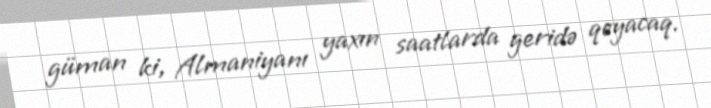
güman ki, Almaniyanı yaxın saatlarda geridə qoyacaq.